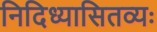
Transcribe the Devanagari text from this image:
निदिध्यासितव्यः